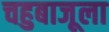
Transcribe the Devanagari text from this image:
चहुबाजूला